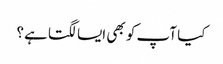
کیا آپ کو بھی ایسا لگتا ہے؟